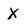
Character: X